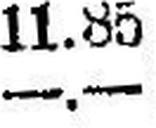
—.—